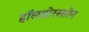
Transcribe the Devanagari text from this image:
हॉलडोरस्सोन